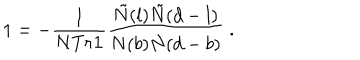
LaTeX: 1 = - \frac { 1 } { N T r { \bf 1 } } \frac { \tilde { N } ( l ) \tilde { N } ( d - l ) } { N ( b ) N ( d - b ) } \; .